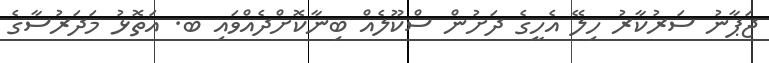
ޖަޕާނު ސަރުކާރު ހިލޭ އެހީގެ ދަށުން ސްކޫލެއް ބިނާކޮށްދެއްވައި ބ. އަތޮޅު މަދަރުސާގެ